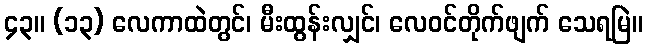
၄၃။ (၁၃) လေကာထဲတွင်၊ မီးထွန်းလျှင်၊ လေဝင်တိုက်ဖျက် သေရမြဲ။